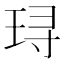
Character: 𬍤